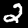
Digit: 2